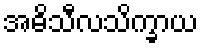
အဓိသီလသိက္ခာယ